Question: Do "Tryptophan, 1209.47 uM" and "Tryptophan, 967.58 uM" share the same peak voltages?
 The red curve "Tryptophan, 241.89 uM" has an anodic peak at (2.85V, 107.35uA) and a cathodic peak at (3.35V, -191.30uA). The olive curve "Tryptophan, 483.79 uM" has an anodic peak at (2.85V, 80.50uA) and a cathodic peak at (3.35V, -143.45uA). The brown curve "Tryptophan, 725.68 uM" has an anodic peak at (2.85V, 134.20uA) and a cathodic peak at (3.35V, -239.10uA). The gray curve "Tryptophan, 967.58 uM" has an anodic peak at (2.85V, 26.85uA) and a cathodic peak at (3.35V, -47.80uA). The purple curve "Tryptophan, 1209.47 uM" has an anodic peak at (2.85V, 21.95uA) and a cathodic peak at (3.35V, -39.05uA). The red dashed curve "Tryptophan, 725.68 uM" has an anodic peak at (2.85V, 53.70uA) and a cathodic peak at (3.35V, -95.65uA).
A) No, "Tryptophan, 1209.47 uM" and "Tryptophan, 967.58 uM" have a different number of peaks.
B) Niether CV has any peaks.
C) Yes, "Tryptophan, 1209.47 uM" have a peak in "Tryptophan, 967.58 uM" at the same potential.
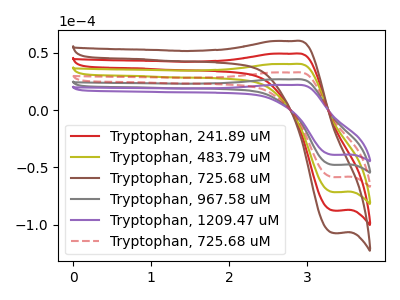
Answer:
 <answer>C) Yes, "Tryptophan, 1209.47 uM" have a peak in "Tryptophan, 967.58 uM" at the same potential.</answer>
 <eval>C</eval>